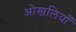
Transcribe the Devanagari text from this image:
ओखलियाँ